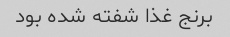
برنج غذا شفته شده بود